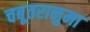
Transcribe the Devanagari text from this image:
चबूतरानुमा